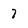
Character: 7